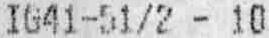
IG41-51/2 - 10